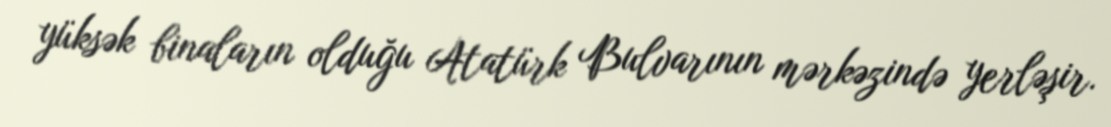
yüksək binaların olduğu Atatürk Bulvarının mərkəzində yerləşir.